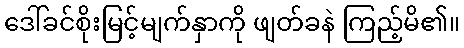
ဒေါ်ခင်စိုးမြင့်မျက်နှာကို ဖျတ်ခနဲ ကြည့်မိ၏။